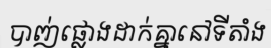
បាញ់ផ្លោងដាក់គ្នានៅទីតាំង